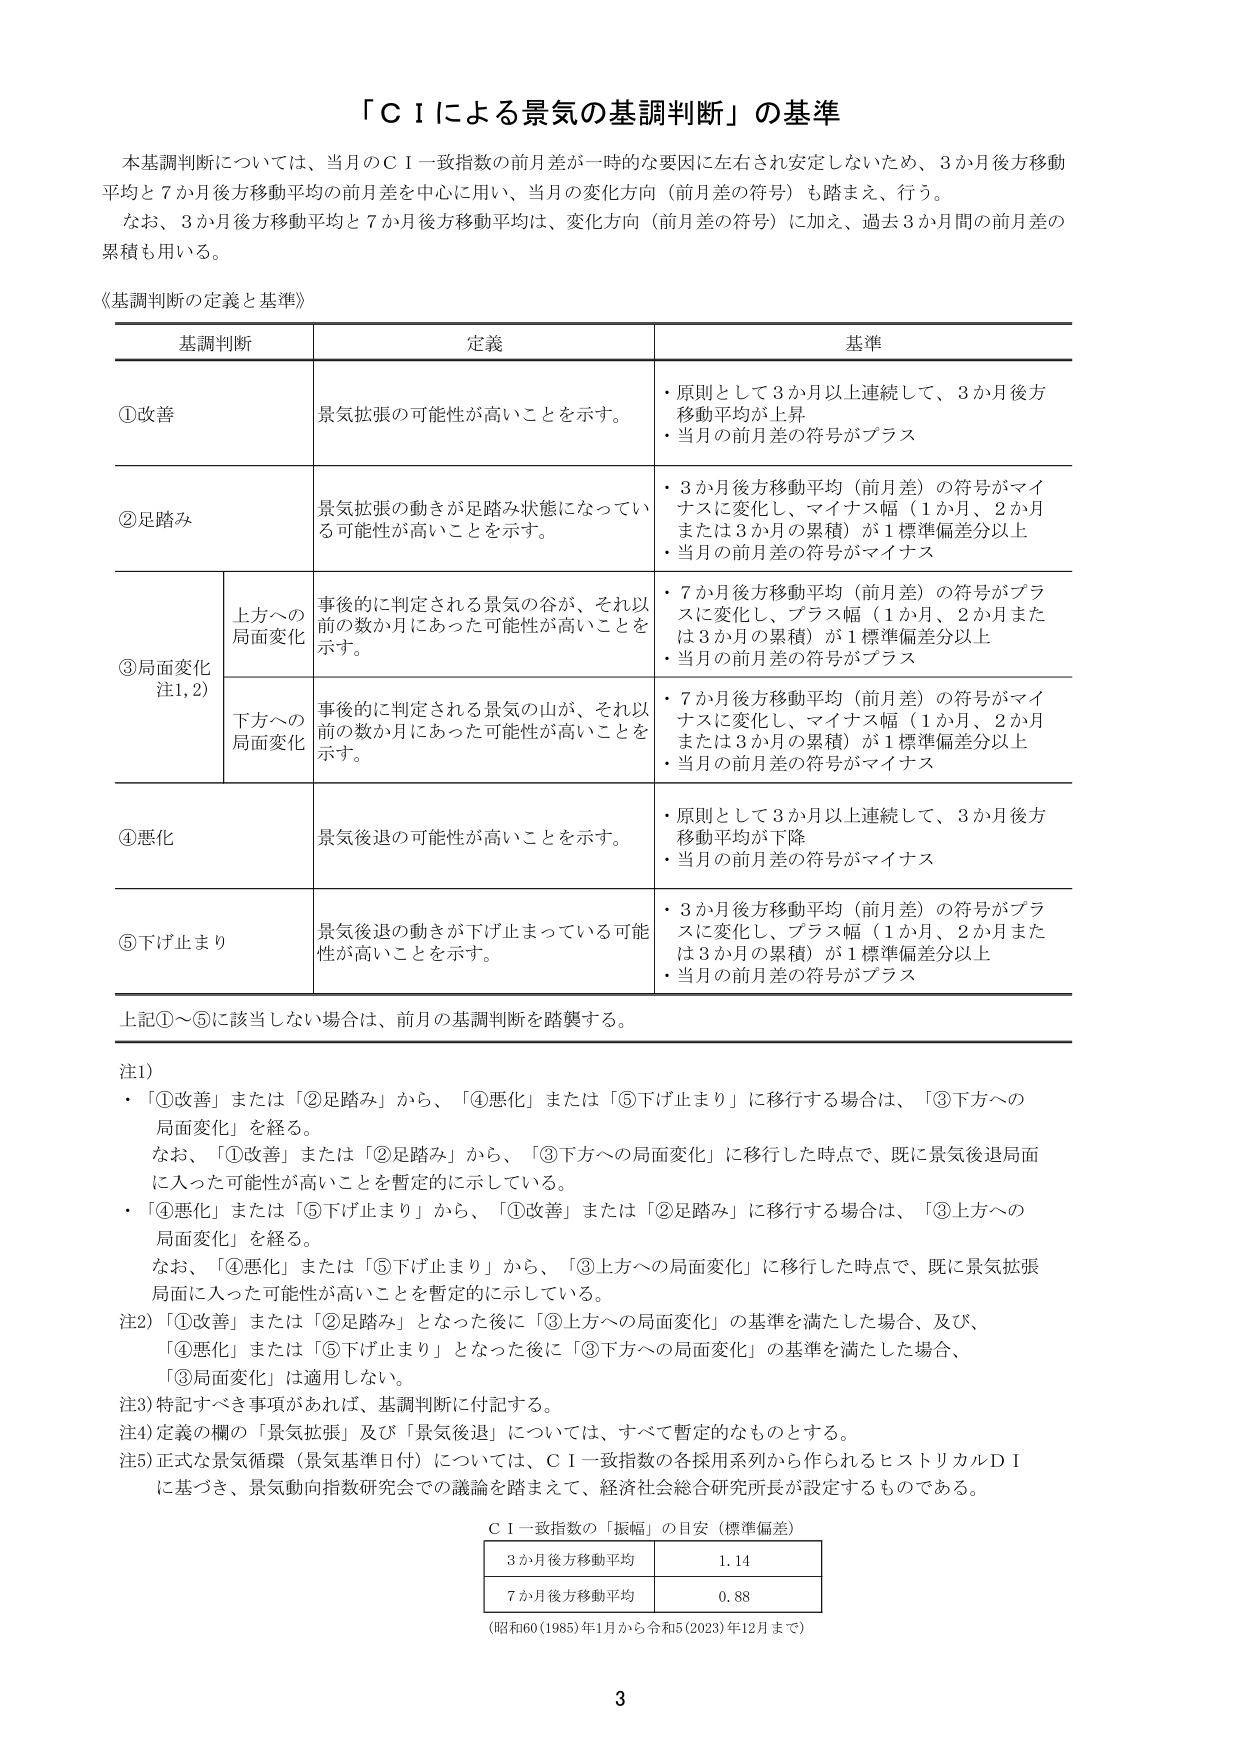
「ＣＩによる景気の基調判断」の基準

本基調判断については、当月のＣＩ一致指数の前月差が一時的な要因に左右され安定しないため、3か月後方移動平均と7か月後方移動平均の前月差を中心に用い、当月の変化方向（前月差の符号）も踏まえ、行う。

なお、3か月後方移動平均と7か月後方移動平均は、変化方向（前月差の符号）に加え、過去3か月間の前月差の累積も用いる。

《基調判断の定義と基準》

基調判断　　定義　　基準

①改善　　景気拡張の可能性が高いことを示す。　　・原則として3か月以上連続して、3か月後方移動平均が上昇
　　　　　　　　　　　　　　　　　　　　　　・当月の前月差の符号がプラス

②足踏み　　景気拡張の動きが足踏み状態になっている可能性が高いことを示す。　　・3か月後方移動平均（前月差）の符号がマイナスに変化し、マイナス幅（1か月、2か月または3か月の累積）が1標準偏差分以上
　　　　　　　　　　　　　　　　　　　　　　・当月の前月差の符号がマイナス

③局面変化　　上方への局面変化　　事後的に判定される景気の谷が、それ以前の数か月にあった可能性が高いことを示す。　　・7か月後方移動平均（前月差）の符号がプラスに変化し、プラス幅（1か月、2か月または3か月の累積）が1標準偏差分以上
　　　　　　　　　　　　　　　　　　　　　　・当月の前月差の符号がプラス

　　　　　　下方への局面変化　　事後的に判定される景気の山が、それ以前の数か月にあった可能性が高いことを示す。　　・7か月後方移動平均（前月差）の符号がマイナスに変化し、マイナス幅（1か月、2か月または3か月の累積）が1標準偏差分以上
　　　　　　　　　　　　　　　　　　　　　　・当月の前月差の符号がマイナス

④悪化　　景気後退の可能性が高いことを示す。　　・原則として3か月以上連続して、3か月後方移動平均が下降
　　　　　　　　　　　　　　　　　　　　　　・当月の前月差の符号がマイナス

⑤下げ止まり　　景気後退の動きが下げ止まっている可能性が高いことを示す。　　・3か月後方移動平均（前月差）の符号がプラスに変化し、プラス幅（1か月、2か月または3か月の累積）が1標準偏差分以上
　　　　　　　　　　　　　　　　　　　　　　・当月の前月差の符号がプラス

上記①～⑤に該当しない場合は、前月の基調判断を踏襲する。

注1)
・「①改善」または「②足踏み」から、「④悪化」または「⑤下げ止まり」に移行する場合は、「③下方への局面変化」を経る。
　なお、「①改善」または「②足踏み」から、「③下方への局面変化」に移行した時点で、既に景気後退局面に入った可能性が高いことを暫定的に示している。
・「④悪化」または「⑤下げ止まり」から、「①改善」または「②足踏み」に移行する場合は、「③上方への局面変化」を経る。
　なお、「④悪化」または「⑤下げ止まり」から、「③上方への局面変化」に移行した時点で、既に景気拡張局面に入った可能性が高いことを暫定的に示している。

注2)「①改善」または「②足踏み」となった後に「③上方への局面変化」の基準を満たした場合、及び、「④悪化」または「⑤下げ止まり」となった後に「③下方への局面変化」の基準を満たした場合、「③局面変化」は適用しない。

注3)特記すべき事項があれば、基調判断に付記する。

注4)定義の欄の「景気拡張」及び「景気後退」については、すべて暫定的なものとする。

注5)正式な景気循環（景気基準日付）については、ＣＩ一致指数の各採用系列から作られるヒストリカルＤＩに基づき、景気動向指数研究会での議論を踏まえて、経済社会総合研究所長が設定するものである。

ＣＩ一致指数の「振幅」の目安（標準偏差）

3か月後方移動平均　　1.14
7か月後方移動平均　　0.88

（昭和60(1985)年1月から令和5(2023)年12月まで）

3